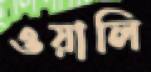
ওয়ালি